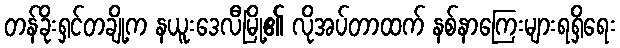
တန်ခိုးရှင်တချို့က နယူးဒေလီမြို့၏ လိုအပ်တာထက် နစ်နာကြေးများရရှိရေး